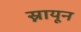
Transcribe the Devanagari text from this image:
स्नायून